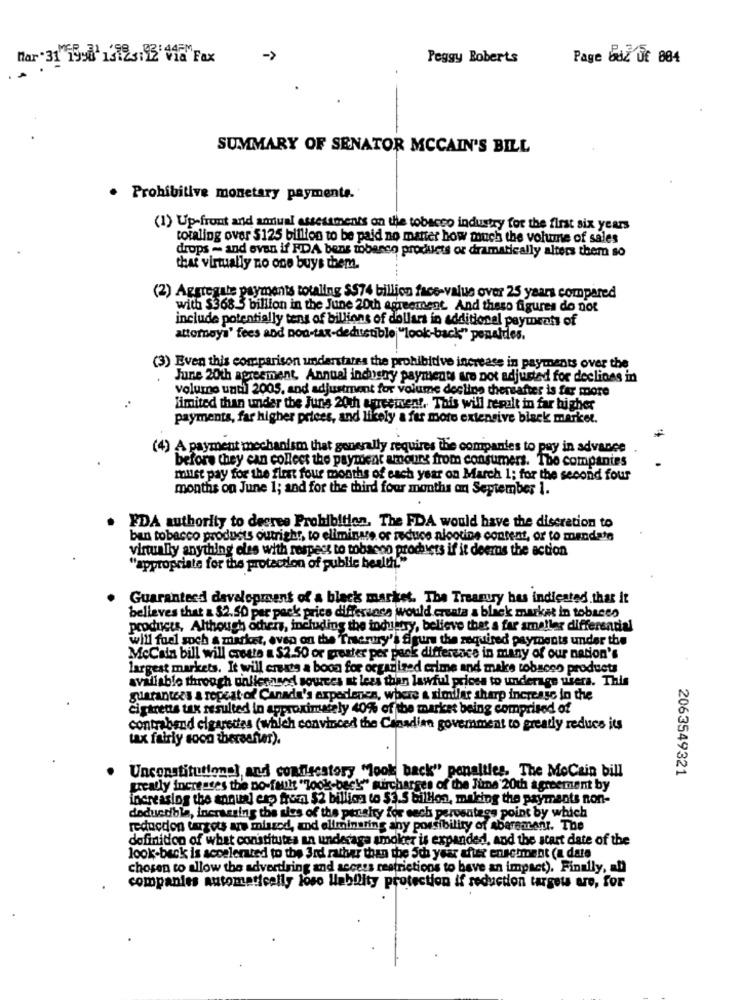
Mar " 31 19:0' 13123:12'418 Fax
Peggy Roberts
Page Giz DE 884
SUMMARY OF SENATOR MCCAIN'S BILL
· Prohibitive monetary payments.
(1) Up-front and annual assessments on the tobacco industry for the first six years
totaling over $125 billion to be paid no matter how much the volume of sales
drops - and even if FDA bens mobarco products or dramatically alters them so
that virtually no one buys them.
(2) Aggregate payments totaling $$74 billion face-value over 25 years compared
with $368.3 billion in the June 20th agreement. And theso figures do not
include potentially tens of billions of dollars in additionel payments of
attorneys' fees and non-tax-deductible "look-back" penaldes.
(3) Even this comparison understates the prohibitive increase in payments over the
June 20th agreement. Annual industry payments are not adjusted for declines in
volume until 2005, and adjustment for volume decline thereafter is far more
limited than under the June 20th aureeinent. This will result in far higher
payments, far higher prices, and likely a far more extensive black market.
(4) A payment mechanism that generally requires the companies to pay in advance
before they can collect the payment amours from consumers. The companies
mulst pay for the first four months of each year on March 1; for the second four
months on June 1; and for the third four months on September 1.
FDA authority to decree Prohibition, The FDA would have the discretion to
bun tobacco products outright, to eliminate or reduce alootine content, or to mandats
virtually anything oles with respect to tobacno prochers if it deerns the action
"appropriate for the protection of public healthL"
Guaranteed development of a black market. The Treasury has indicated that it
believes that & $2.50 per pack price difference would creata a black market in tobacco
products, Although ochers, including the industry, believe that a far smaller differential
will fuel soch a market, even on the Traerury's figure the required payments under the
McCain bill will create a $2.50 or prester per pank difference in many of our nation's
largest markets. It will create a boon for organized crime and maks tobacco products
avaliable through unllesased sources at less than lawful prices to underage users. This
guarantees a repeat of Canada's experience, where a similar sharp increase in the
cigtrens tax resulted in approximately 40% of the market being comprised of
contraband cigarettes (which convinced the Canadian government to greatly reduce its
tax fairly soon thereafter).
Unconstitutional and confisestory "look back" penalties. The MoCzin bill
2063549321
greatly increases the no-fault "Took-back" mircharges of the June 20th agreement by
increasing the annual etp fron $2 billion to $3.5 billion, making the payments non-
deductible, incrassing the sins of the persity for cech percentage point by which
reducdon targets are missed, and eliminating any possibility of Abarement. The
definition of what constitutes an underaga smoker is expanded, and the start date of the
look-back is accelerated to the 3rd rather than the 5th year cher enactment (a dats
chosen to allow the advertising and access restrictions to have an impact). Finally, an
companies automatically loso liability protection if reduction targets aro, for